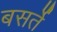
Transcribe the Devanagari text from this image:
बसर्ते